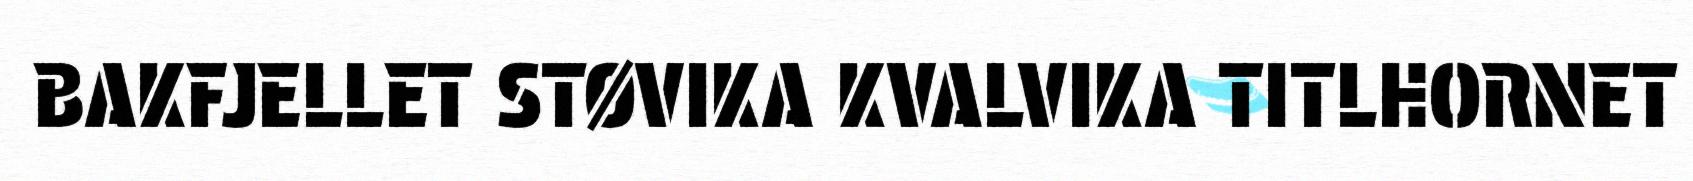
BAKFJELLET STØVIKA KVALVIKA TITLHORNET